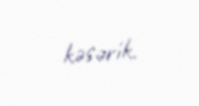
kəsərik.